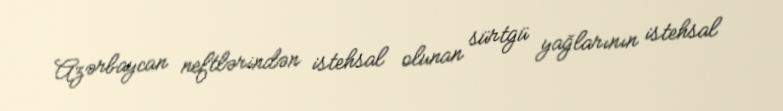
Azərbaycan neftlərindən istehsal olunan sürtgü yağlarının istehsal